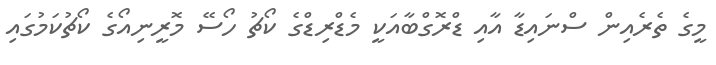
މީގެ ތެރެއިން ސްނައިޑާ އާއި ޑްރޮގްބާއަކީ މެޑްރިޑްގެ ކޯޗު ހޯސޭ މޮރީނިއޯގެ ކޯޗުކަމުގައި